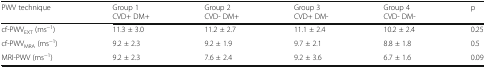
<table><thead><tr><td><b>PWV technique</b></td><td><b>Group 1CVD+ DM+</b></td><td><b>Group 2CVD- DM+</b></td><td><b>Group 3CVD+ DM-</b></td><td><b>Group 4CVD- DM-</b></td><td><b>p</b></td></tr></thead><tbody><tr><td>cf-PWV<sub>EXT</sub> (ms<sup>−1</sup>)</td><td>11.3 ± 3.0</td><td>11.2 ± 2.7</td><td>11.1 ± 2.4</td><td>10.2 ± 2.4</td><td>0.25</td></tr><tr><td>cf-PWV<sub>MRA</sub> (ms<sup>−1</sup>)</td><td>9.2 ± 2.3</td><td>9.2 ± 1.9</td><td>9.7 ± 2.1</td><td>8.8 ± 1.8</td><td>0.5</td></tr><tr><td>MRI-PWV (ms<sup>−1</sup>)</td><td>9.2 ± 2.3</td><td>7.6 ± 2.4</td><td>9.2 ± 3.6</td><td>6.7 ± 1.6</td><td>0.09</td></tr></tbody></table>